Indian journal of veterinary science and animal husbandry - Volume 14,
Year: 1944
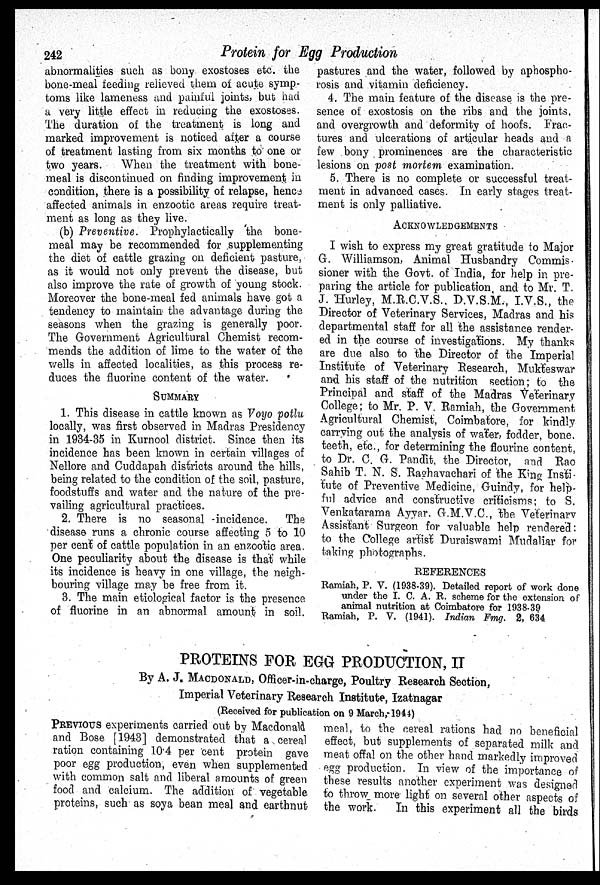
242
Protein for Egg Production
abnormalities such as bony exostoses etc. the
bone-meal feeding relieved them of acute symp-
toms like lameness and painful joints, but had
a very little effect in reducing the exostoses.
The duration of the treatment is long and
marked improvement is noticed after a course
of treatment lasting from six months to one or
two years. When the treatment with bone-
meal is discontinued on finding improvement in
condition, there is a possibility of relapse, hence
affected animals in enzootic areas require treat-
ment as long as they live.
(b) Preventive. Prophylactically the bone-
meal may be recommended for supplementing
the diet of cattle grazing on deficient pasture,
as it would not only prevent the disease, but
also improve the rate of growth of young stock.
Moreover the bone-meal fed animals have got a
tendency to maintain the advantage during the
seasons when the grazing is generally poor.
The Government Agricultural Chemist recom-
mends the addition of lime to the water of the
wells in affected localities, as this process re-
duces the fluorine content of the water.
SUMMARY
1. This disease in cattle known as Voyo potlu
locally, was first observed in Madras Presidency
in 1934-35 in Kurnool district. Since then its
incidence has been known in certain villages of
Nellore and Cuddapah districts around the hills,
being related to the condition of the soil, pasture,
foodstuffs and water and the nature of the pre-
vailing agricultural practices.
2. There is no seasonal incidence. The
disease runs a chronic course affecting 5 to 10
per cent of cattle population in an enzootic area.
One peculiarity about the disease is that while
its incidence is heavy in one village, the neigh-
bouring village may be free from it.
3. The main etiological factor is the presence
of fluorine in an abnormal amount in soil.
pastures and the water, followed by aphospho-
rosis and vitamin deficiency.
4. The main feature of the disease is the pre-
sence of exostosis on the ribs and the joints,
and overgrowth and deformity of hoofs. Frac-
tures and ulcerations of articular heads and a
few bony prominences are the characteristic
lesions on post mortem examination.
5. There is no complete or successful treat-
ment in advanced cases. In early stages treat-
ment is only palliative.
ACKNOWLEDGEMENTS
I wish to express my great gratitude to Major
G. Williamson, Animal Husbandry Commis-
sioner with the Govt. of India, for help in pre-
paring the article for publication and to Mr. T.
J. Hurley, M.R.C.V.S., D.V.S.M., I.V.S., the
Director of Veterinary Services, Madras and his
departmental staff for all the assistance render-
ed in the course of investigations. My thanks
are due also to the Director of the Imperial
Institute of Veterinary Research, Mukteswar
and his staff of the nutrition section; to the
Principal and staff of the Madras Veterinary
College; to Mr. P. V. Ramiah, the Government
Agricultural Chemist, Coimbatore, for kindly
carrying out the analysis of water, fodder, bone.
teeth, etc., for determining the flourine content,
to Dr. C. G. Pandit, the Director, and Rao
Sahib T. N. S. Raghavachari of the King Insti-
tute of Preventive Medicine, Guindy, for help-
ful advice and constructive criticisms; to S.
Venkatarama Ayyar. G.M.V.C., the Veterinary
Assistant Surgeon for valuable help rendered:
to the College artist Duraiswami Mudaliar for
taking photographs.
REFERENCES
Ramiah, P. V. (1938-39). Detailed report of work done
under the I. C. A. R. scheme for the extension of
animal nutrition at Coimbatore for 1938-39
Ramiah, P. V. (1941). Indian Fmg. 2, 634
PROTEINS FOR EGG PRODUCTION, II
By A. J. MACDONALD, Officer-in-charge, Poultry Research Section,
Imperial Veterinary Research Institute, Izatnagar
(Received for publication on 9 March,-1944)
PREVIOUS experiments carried out by Macdonald
and Bose [1943] demonstrated that a cereal
ration containing 10.4 per cent protein gave
poor egg production, even when supplemented
with common salt and liberal amounts of green
food and calcium. The addition of vegetable
proteins, such as soya bean meal and earthnut
meal, to the cereal rations had no beneficial
effect, but supplements of separated milk and
meat offal on the other hand markedly improved
egg production. In view of the importance of
these results another experiment was designed
to throw more light on several other aspects of
the work.
In this experiment all the birds